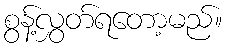
စွန့်လွှတ်ရတော့မည်။